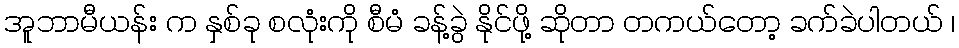
အူဘာမီယန်း က နှစ်ခု စလုံးကို စီမံ ခန့်ခွဲ နိုင်ဖို့ ဆိုတာ တကယ်တော့ ခက်ခဲပါတယ် ၊